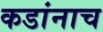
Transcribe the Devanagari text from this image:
कडांनाच